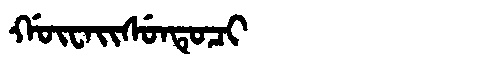
Manchu: ᡤᡡᠸᠠᡳᠰᡠᠨᡨᡠᠴᡳ
Romanization: GŪWAISUNTUCI